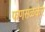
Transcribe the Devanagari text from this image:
फणसळकर